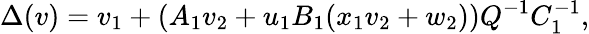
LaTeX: \Delta(v)=v_{1}+(A_{1}v_{2}+u_{1}B_{1}(x_{1}v_{2}+w_{2}))Q^{-1}C_{1}^{-1},